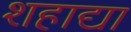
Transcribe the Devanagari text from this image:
शहाद्या